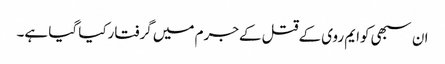
ان سبھی کوایم روی کےقتل کےجرم میں گرفتارکیا گیا ہے۔